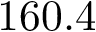
1 6 0 . 4